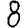
Digit: 8